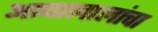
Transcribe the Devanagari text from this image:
आबालालांचा